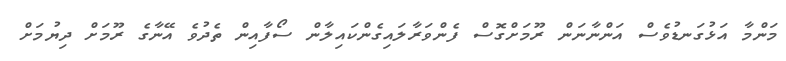
މަންމާ އަޅުގަނޑުވެސް އަންނާނަން ރޫމަށްގޮސް ފެންވަރާލައިގެންކައިލާން ސޯފާއިން ތެދުވެ އޭނާގެ ރޫމަށް ދިޔުމަށް